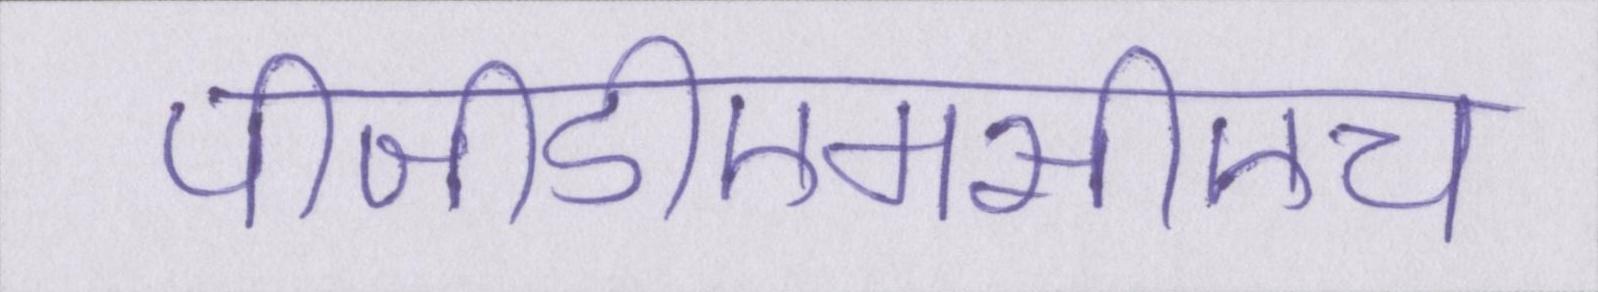
पीजीडीएमसीएच